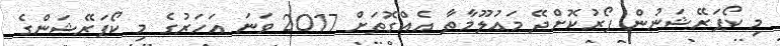
މި ކޯޕަރޭޝަނުން ފޯރުކޮށްދޭ މަޢުލޫމާތާ އެއްގޮތަށް 2017 ވަނަ އަހަރުގެ މި ކޯޕަރޭޝަންގެ